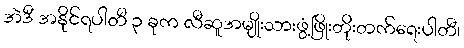
အဲဒီ အနိုင်ရပါတီ ၃ ခုက လီဆူအမျိုးသားဖွံ့ဖြိုးတိုးတက်ရေးပါတီ၊